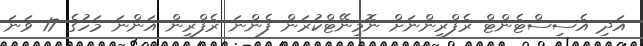
އަދި އެސިސްޓެންޓް ރެފްރީންނަށް ނޮމިނޭޓްކުރަން ފެންނަ ރެފްރީން އަންނަ މަހުގެ 17 ވަނަ